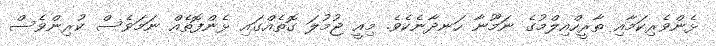
ޅެންވެރިކަމާއި ތާރީހްއިލްމުގެ ނަމޫނާ ހަނދާނެކެވެ. މިއީ ޖުމުލަ ގޮތެއްގައި ޅެންފޮތެއް ނަމަވެސް ކުރިންވެސް